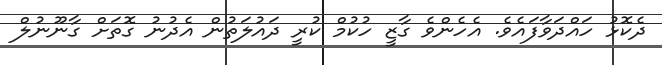
ދެކޮޅު ހައްދަވާފައެވެ. އެހެންވެ ގާޒީ ހުކުމް ކުރީ ދައުލަތުން އެދުނު ގޮތަށް ގާނޫނުލް